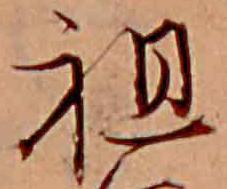
祖